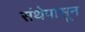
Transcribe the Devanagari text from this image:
संथेपासून